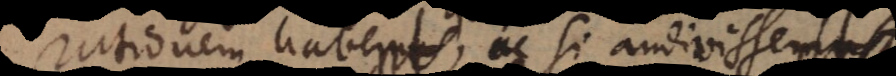
rationem habent, quam si audivissent